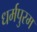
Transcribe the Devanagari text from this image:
धर्मपुरम